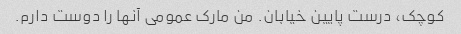
کوچک، درست پایین خیابان. من مارک عمومی آنها را دوست دارم.